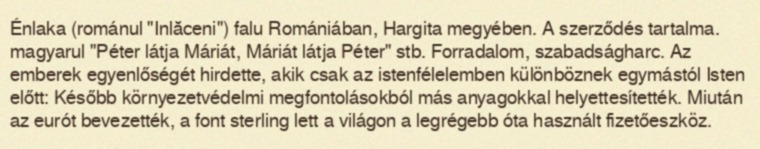
Énlaka (románul "Inlăceni") falu Romániában, Hargita megyében. A szerződés tartalma. magyarul "Péter látja Máriát, Máriát látja Péter" stb. Forradalom, szabadságharc. Az emberek egyenlőségét hirdette, akik csak az istenfélelemben különböznek egymástól Isten előtt: Később környezetvédelmi megfontolásokból más anyagokkal helyettesítették. Miután az eurót bevezették, a font sterling lett a világon a legrégebb óta használt fizetőeszköz.